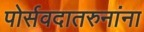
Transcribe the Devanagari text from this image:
पोर्सवदातरुनांना